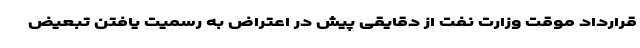
قرارداد موقت وزارت نفت از دقایقی پیش در اعتراض به رسمیت یافتن تبعیض